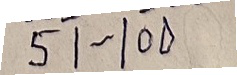
51 - 100